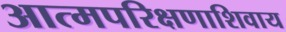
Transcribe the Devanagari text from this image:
आत्मपरिक्षणाशिवाय